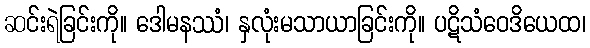
ဆင်းရဲခြင်းကို။ ဒေါမနဿံ၊ နှလုံးမသာယာခြင်းကို။ ပဋိသံဝေဒိယေထ၊